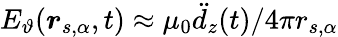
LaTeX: E_{\vartheta}(\boldsymbol{r}_{s,\alpha},t)\approx\mu_{0}\ddot{d}_{z}(t)/4\pi r_{s,\alpha}